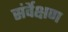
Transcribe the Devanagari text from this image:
संर्वेक्षण